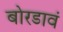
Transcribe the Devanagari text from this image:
बोरडावं